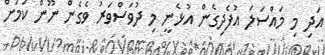
އަދި މި މައްސަލަ އުފެދިގެން އުޅެނީ މި ދުވަސްވަރު ވެގެން ނޫން ކަމަށް